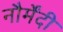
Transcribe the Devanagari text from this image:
नौर्मेंदी